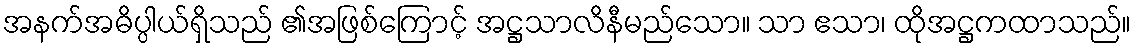
အနက်အဓိပ္ပါယ်ရှိသည် ၏အဖြစ်ကြောင့် အဋ္ဌသာလိနီမည်သော။ သာ ဧသာ၊ ထိုအဋ္ဌကထာသည်။